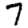
Digit: 7